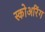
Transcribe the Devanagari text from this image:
स्कोअरिंग